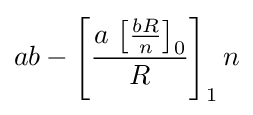
ab-\left[{\frac {a\,\left[{\frac {bR}{n}}\right]_{0}}{R}}\right]_{1}n